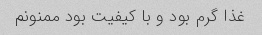
غذا گرم بود و با کیفیت بود ممنونم